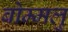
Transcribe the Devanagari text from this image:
बोम्मलु